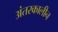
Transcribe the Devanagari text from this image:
अंतरकालीन